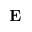
{ \bf E }